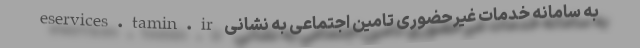
به سامانه خدمات غیرحضوری تامین اجتماعی به نشانی eservices.tamin.ir